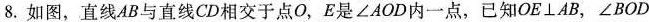
8.如图，直线AB与直线CD相交于点O，E是∠AOD内一点，已知$$O E \perp A B$$，$$∠ B O D